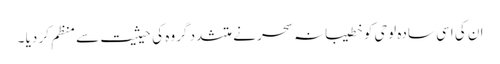
ان کی اسی سادہ لوحی کو خطیبانہ سحر نے متشدد گروہ کی حیثیت سے منظم کر دیا ۔